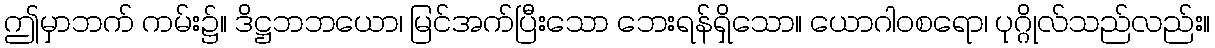
ဤမှာဘက် ကမ်း၌။ ဒိဋ္ဌဘဘယော၊ မြင်အက်ပြီးသော ဘေးရန်ရှိသော။ ယောဂါဝစရော၊ ပုဂ္ဂိုလ်သည်လည်း။